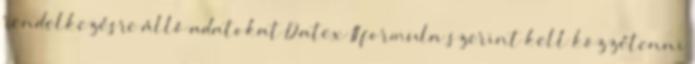
rendelkezésre álló adatokat Datex II formula szerint kell közzétenni